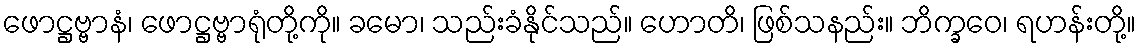
ဖောဋ္ဌဗ္ဗာနံ၊ ဖောဋ္ဌဗ္ဗာရုံတို့ကို။ ခမော၊ သည်းခံနိုင်သည်။ ဟောတိ၊ ဖြစ်သနည်း။ ဘိက္ခဝေ၊ ရဟန်းတို့။